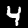
Digit: 4